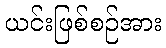
ယင်းဖြစ်စဉ်အား